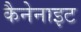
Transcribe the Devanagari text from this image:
कैनेनाइट